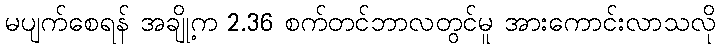
မပျက်စေရန် အချို့က 2.36 စက်တင်ဘာလတွင်မူ အားကောင်းလာသလို